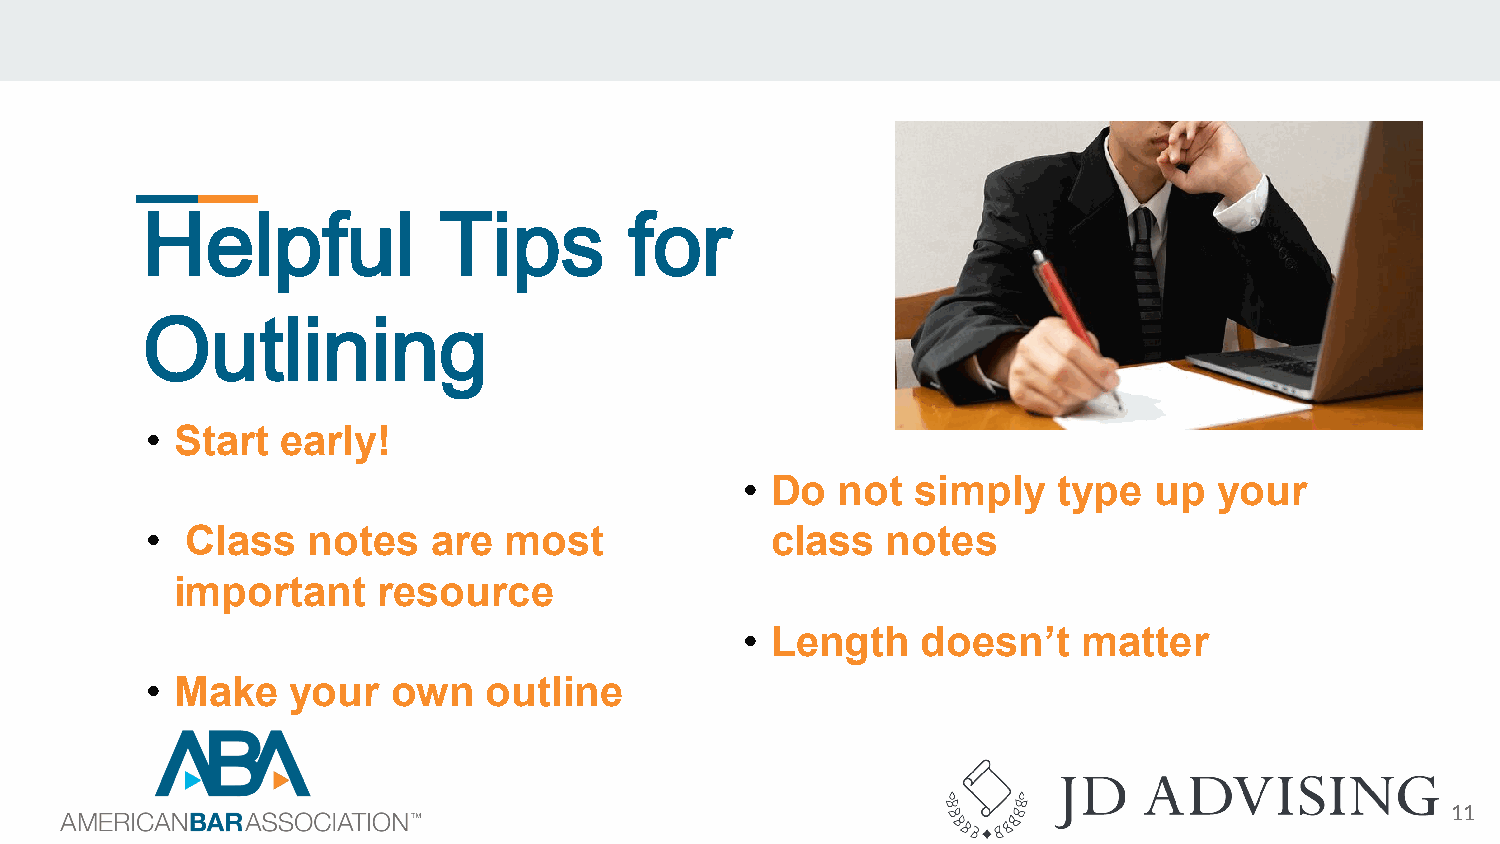
Helpful             Tips         for
 Outlining
 • Start  early!
 • Do  not   simply   type  up   your
 • Class   notes    are most              class   notes
 important    resource
 • Length    doesn’t    matter
 • Make   your   own   outline
 11